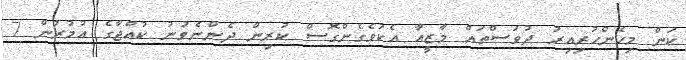
ކަން މިހެންހުރިއިރު ދުވަސްތައް މާޒީއާ އެކުވެގެންގޮސް ކުރިން ދެންނެވުނު ކުއްޖާގެ އުމުރުން 7